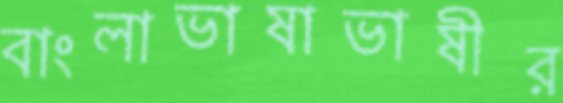
বাংলাভাষাভাষীর